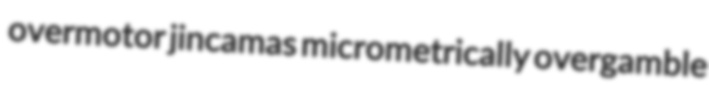
overmotor jincamas micrometrically overgamble